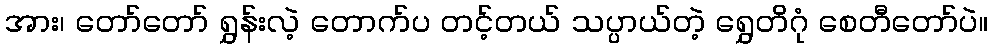
အား၊ တော်တော် ရွှန်းလဲ့ တောက်ပ တင့်တယ် သပ္ပာယ်တဲ့ ရွှေတိဂုံ စေတီတော်ပဲ။